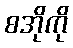
စအိုကို